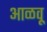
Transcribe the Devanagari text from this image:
आळवू